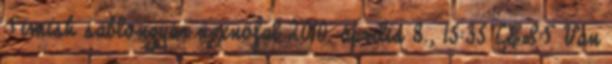
Timish sablongyár üzenőfal 2010. április 8., 15:35 CEST Van